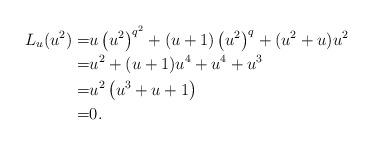
LaTeX: \begin{align*}L_{u}(u^2)=& u \left (u^2 \right )^{q^2}+ (u+1)\left (u^2 \right )^q+ (u^2+u) u^2\\=& u^2+(u+1)u^4+u^4+u^3\\=& u^2\left ( u^3+u +1 \right )\\=& 0.\end{align*}